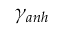
\gamma _ { a n h }